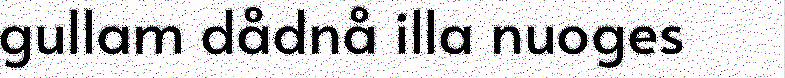
gullam dådnå illa nuoges